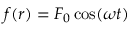
f ( r ) = F _ { 0 } \cos ( \omega t )